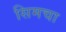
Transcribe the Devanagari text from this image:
सिमचा